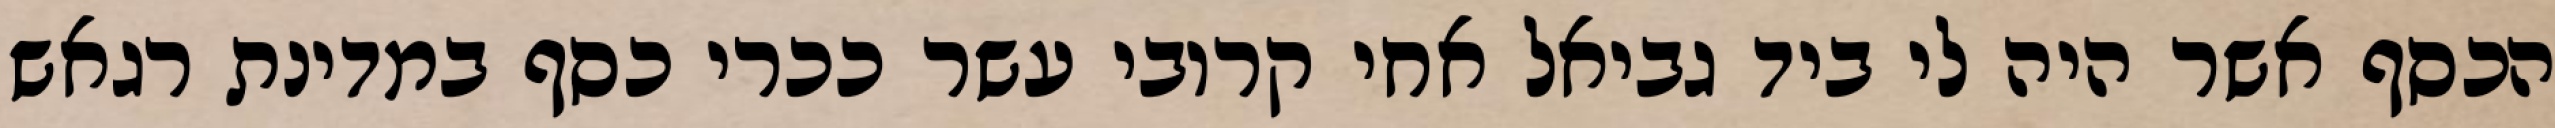
הכסף אשר היה לי ביד גביאל אחי קרובי עשר ככרי כסף במדינת רגאש